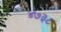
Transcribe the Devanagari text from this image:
४७३८